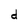
Character: d